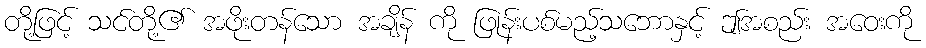
တို့ဖြင့် သင်တို့၏ အဖိုးတန်သော အချိန် ကို ဖြုန်းပစ်မည့်သဘောနှင့် ဤအစည်း အဝေးကို